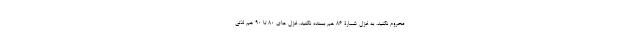
محروم نکنید. به غزل شمارۀ 86 هم بسنده نکنید. غزل های 80 تا 90 هم لذتی